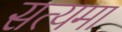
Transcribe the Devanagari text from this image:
सत्यमा